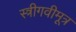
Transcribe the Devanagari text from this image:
स्त्रीगवीमूत्र